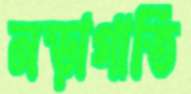
নড়াগাতি